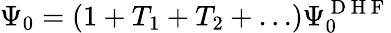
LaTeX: \Psi_{0}=(1+T_{1}+T_{2}+\dots)\Psi_{0}^{\mathrm{~D~H~F~}}